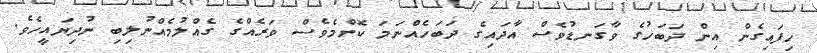
ހިފައިގެން އިން ދަބަހުގެ ވާގަނޑުވެސް އާދައިގެ ދަބަހެއްނަމަ ކޮންމެވެސް ވަރެއްގެ ގެއްލުމެއްނުލިބި ނުދިޔައީހެވެ.